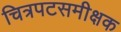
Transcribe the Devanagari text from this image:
चित्रपटसमीक्षक